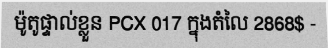
ម៉ូតូផ្ទាល់ខ្លួន PCX 017 ក្នុងតំលៃ 2868$ -